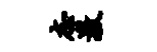
志激